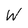
Character: W